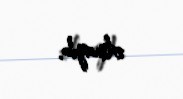
olmayıb.